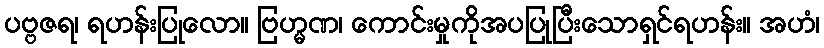
ပဗ္ဗဇရ၊ ရဟန်းပြုလော။ ဗြဟ္မဏ၊ ကောင်းမှုကိုအပပြုပြီးသောရှင်ရဟန်း။ အဟံ၊